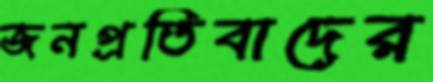
জনপ্রতিবাদের